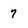
Character: 7